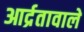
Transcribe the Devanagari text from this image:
आर्द्रतावाले